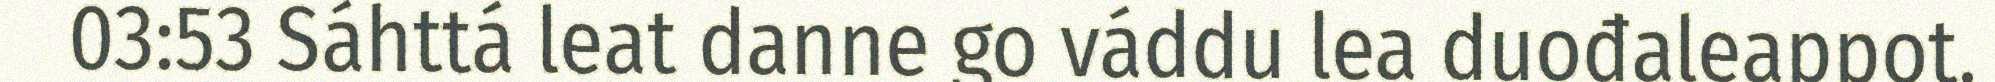
03:53 Sáhttá leat danne go váddu lea duođaleappot.